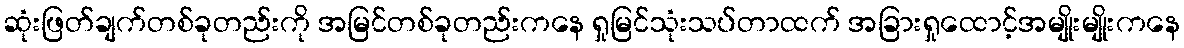
ဆုံးဖြတ်ချက်တစ်ခုတည်းကို အမြင်တစ်ခုတည်းကနေ ရှုမြင်သုံးသပ်တာထက် အခြားရှုထောင့်အမျိုးမျိုးကနေ